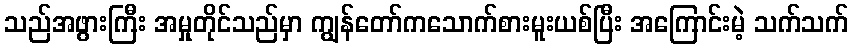
သည်အဖွားကြီး အမှုတိုင်သည်မှာ ကျွန်တော်ကသောက်စားမူးယစ်ပြီး အကြောင်းမဲ့ သက်သက်